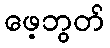
ဖေ့ဘွတ်